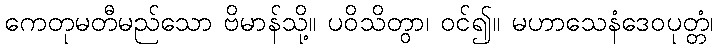
ကေတုမတီမည်သော ဗိမာန်သို့။ ပဝိသိတွာ၊ ဝင်၍။ မဟာသေနံဒေဝပုတ္တံ၊